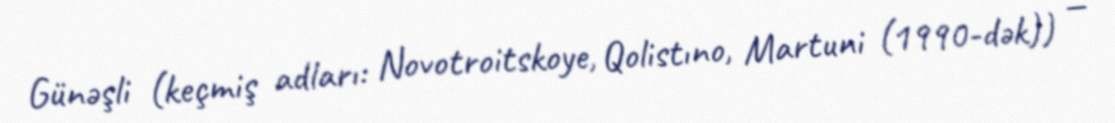
Günəşli (keçmiş adları: Novotroitskoye, Qolistıno, Martuni (1990-dək)) —